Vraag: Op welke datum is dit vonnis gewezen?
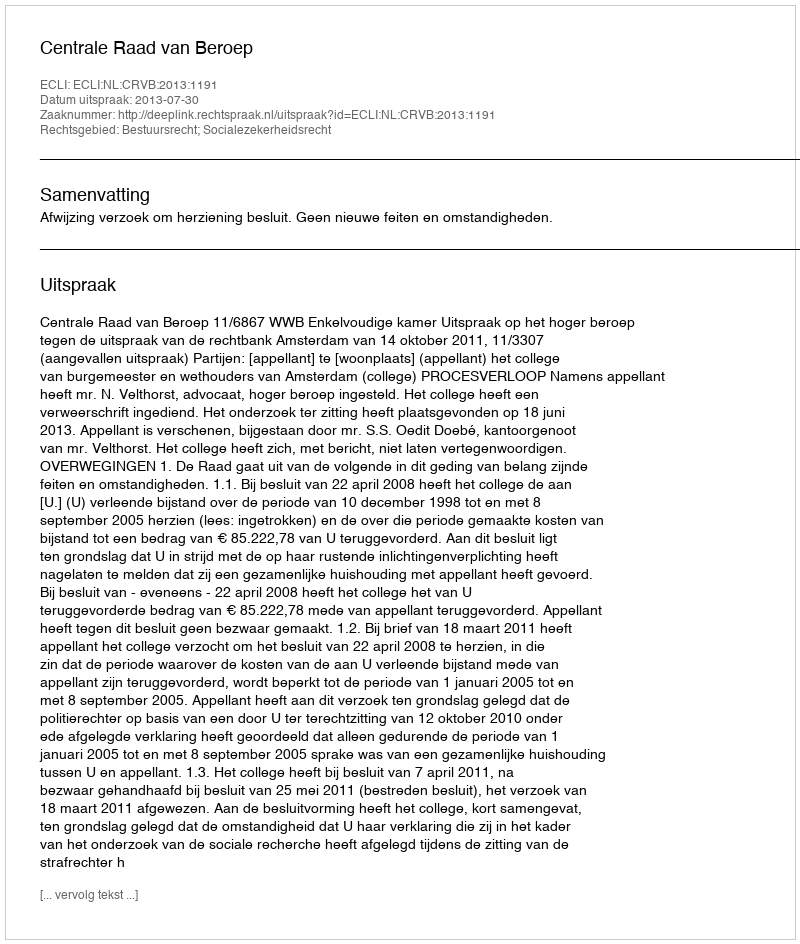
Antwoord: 2013-07-30